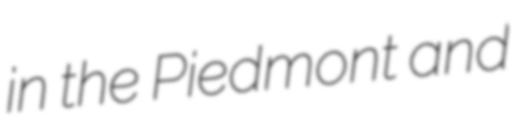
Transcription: in the Piedmont and